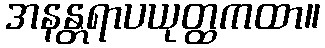
အနန္တရာပယုတ္ထကထာ။